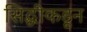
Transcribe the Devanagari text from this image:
सिद्धीकडून